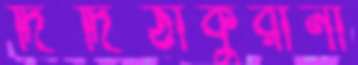
দিদিঠাকুরানী